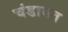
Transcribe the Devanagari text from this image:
चंडावत